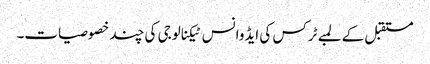
مستقبل کے لمبے ٹرکس کی ایڈوانس ٹیکنالوجی کی چند خصوصیات۔